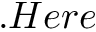
. H e r e